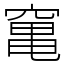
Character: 𥧄